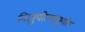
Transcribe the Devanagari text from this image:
निरनुयोज्यानुयोग